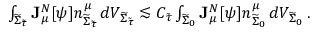
\begin{array} { r } { \int _ { { \widetilde { \Sigma } _ { \widetilde { \tau } } } } \mathbf { J } _ { \mu } ^ { N } [ \psi ] n _ { { \widetilde { \Sigma } _ { \widetilde { \tau } } } } ^ { \mu } \, d V _ { { \widetilde { \Sigma } _ { \widetilde { \tau } } } } \lesssim C _ { \tilde { \tau } } \int _ { \widetilde { \Sigma } _ { 0 } } \mathbf { J } _ { \mu } ^ { N } [ \psi ] n _ { \widetilde { \Sigma } _ { 0 } } ^ { \mu } \, d V _ { \widetilde { \Sigma } _ { 0 } } \, . } \end{array}